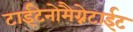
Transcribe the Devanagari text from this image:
टाईटेनोमैग्नेटाईट